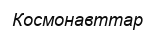
Космонавттар